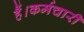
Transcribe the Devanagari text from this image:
हैं।कर्मचारी